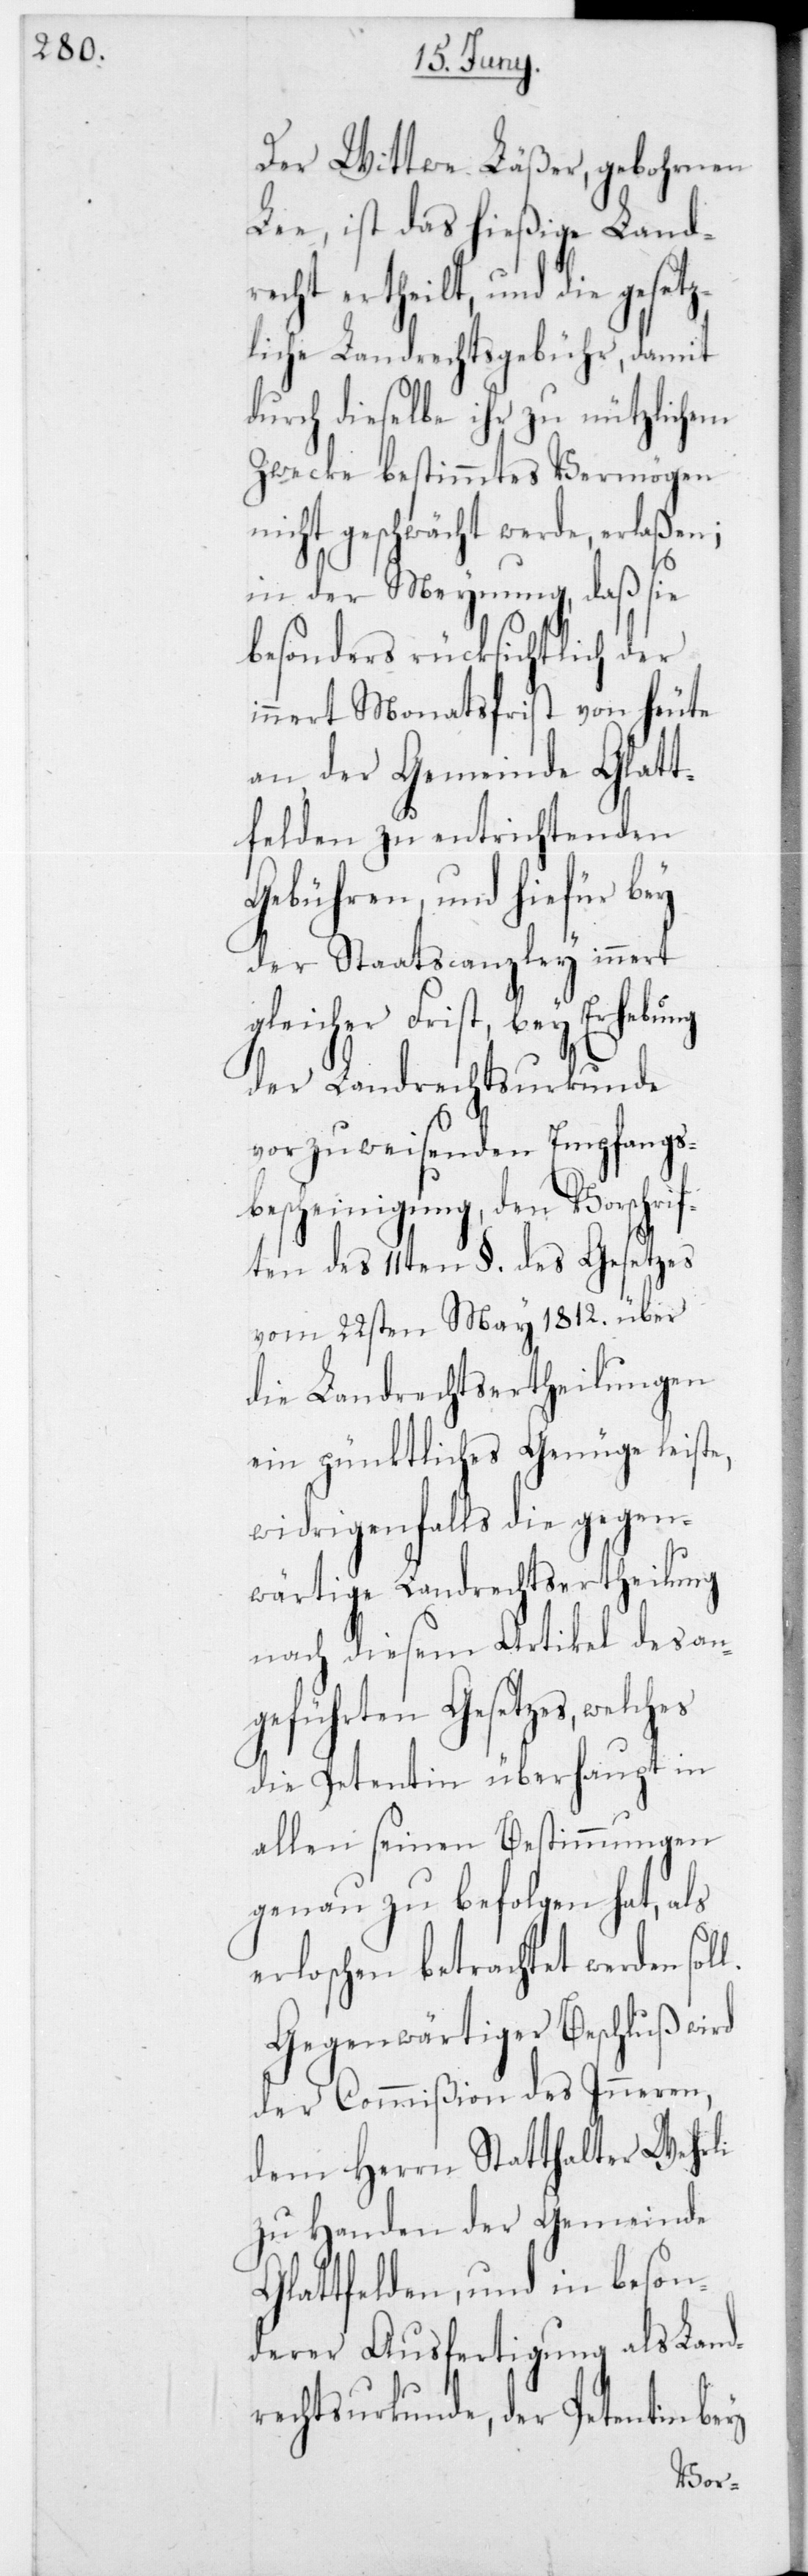
l.

Der Wittwe Läßer, gebohrnen
Lee, ist das hießige Land¬
recht ertheilt, und die geset¬
zliche Landrechtsgebühr, damit
durch dieselbe ihr zu nützlichem
Zwecke bestimmtes Vermögen
nicht geschwächt werde, erlaßen;
in der Meynung, daß sie
besonders rücksichtlich der
innert Monatsfrist von heute
an der Gemeinde Glatt¬
felden zu entrichtenden
Gebühren, und hiefür bey
der Staatscanzley innert
gleicher Frist, bey
der Landrechtsurkunde
vorzuweisenden Empfangs¬
bescheinigung, den Vorschrif¬
ten des 11ten § des Gesetzes
vom 22sten May 1812 über
die Landrechtsertheilungen
ein pünktliches Genüge leiste,
widrigenfalls die gegen¬
wärtige Landrechtsertheilung
nach diesem Artikel des an¬
geführten Gesetzes, welches
die Petentin überhaupt in
allen seinen Bestimmungen
genau zu befolgen hat, als
erloschen betrachtet werden sol¬
Gegenwärtiger Beschluß
der Commißion des Inneren,
dem Herrn Statthalter Wehrli
zu Handen der Gemeinde
Glattfelden, und in beson¬
derer Ausfertigung als Land¬
rechtsurkunde, der Petentin bey